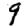
Digit: 9